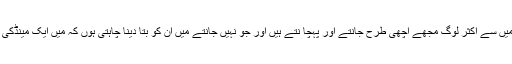
آپ میں سے اکثر لوگ مجھے اچھی طرح جانتے اور پہچا نتے ہیں اور جو نہیں جانتے میں ان کو بتا دینا چاہتی ہوں کہ میں ایک مینڈکی ہوں۔